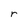
Character: r